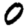
Digit: 0